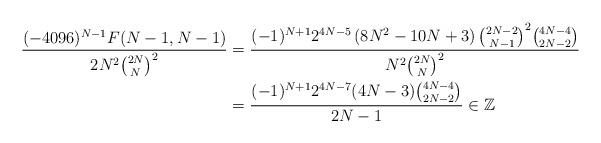
LaTeX: \begin{align*}\frac{(-4096)^{N-1} F(N-1,N-1)}{2N^2\binom{2N}{N}^2}&=\frac{(-1)^{N+1} 2^{4 N-5} \left(8 N^2-10 N+3\right) \binom{2 N-2}{N-1}^2 \binom{4 N-4}{2 N-2}}{N^2 \binom{2 N}{N}^2}\\&=\frac{(-1)^{N+1} 2^{4 N-7} (4 N-3) \binom{4 N-4}{2 N-2}}{2 N-1}\in \mathbb{Z}\end{align*}